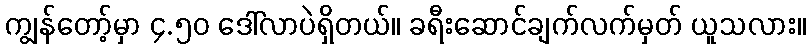
ကျွန်တော့်မှာ ၄.၅၀ ဒေါ်လာပဲရှိတယ်။ ခရီးဆောင်ချက်လက်မှတ် ယူသလား။